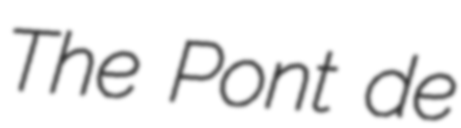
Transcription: The Pont de